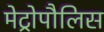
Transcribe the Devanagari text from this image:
मेट्रोपौलिस